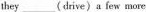
they___(drive)a few more